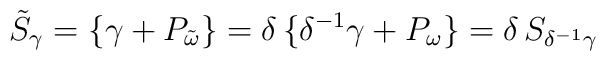
\tilde{S}_{\gamma} = \{\gamma+P_{\tilde{\omega}}\}  =  \delta\,\{\delta^{-1}\gamma+P_{\omega}\} =\delta\,S_{\delta^{-1}\gamma}